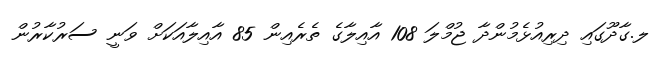
ލ.ގާދޫގައި ދިރިއުޅެމުންދާ ޖުމްލަ 108 އާއިލާގެ ތެރެއިން 85 އާއިލާއަކަށް ވަނީ ސަރުކާރުން